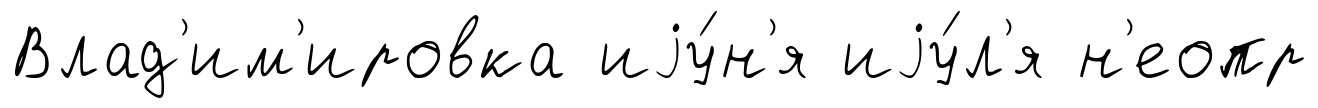
Влад'им'ировка иjу́н'я иjу́л'я н'еопр